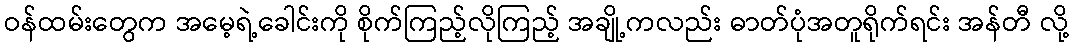
ဝန်ထမ်းတွေက အမေ့ရဲ့ခေါင်းကို စိုက်ကြည့်လိုကြည့် အချို့ကလည်း ဓာတ်ပုံအတူရိုက်ရင်း အန်တီ လို့